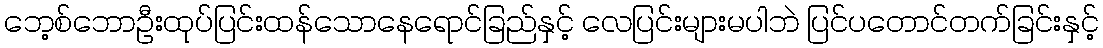
ဘေ့စ်ဘောဦးထုပ်ပြင်းထန်သောနေရောင်ခြည်နှင့် လေပြင်းများမပါဘဲ ပြင်ပတောင်တက်ခြင်းနှင့်